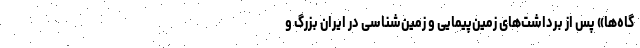
گاه‌ها» پس از برداشت‌های زمین‌پیمایی و زمین‌شناسی در ایران بزرگ و